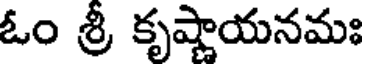
ఓం శ్రీ కృష్ణాయనమః